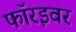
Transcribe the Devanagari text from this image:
फॉरइवर